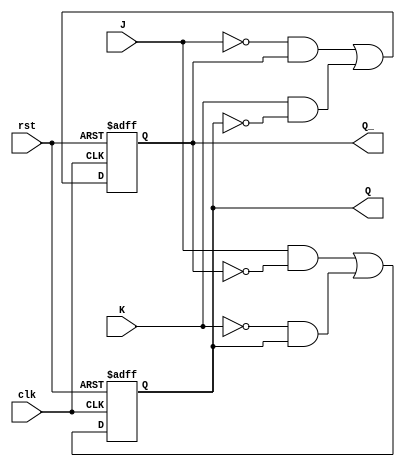
module jk_ff (
    input J, K, clk, rst,
    output reg Q, Q_);

reg D, D_;

always @(posedge clk or posedge rst) begin
    if (rst) begin
        Q <= 1'b0;
        Q_ <= 1'b1;
    end else begin
        D = (J & ~Q_) | (~K & Q);
        D_ = (~J & Q_) | (K & ~Q);
        Q <= D;
        Q_ <= D_;
    end
end

endmodule